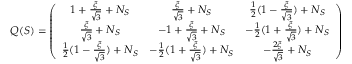
Q ( S ) = \left( \begin{array} { c c c } { { 1 + \frac { \xi } { \sqrt 3 } + N _ { S } } } & { { \frac { \xi } { \sqrt 3 } + N _ { S } } } & { { \frac { 1 } { 2 } ( 1 - \frac { \xi } { \sqrt 3 } ) + N _ { S } } } \\ { { \frac { \xi } { \sqrt 3 } + N _ { S } } } & { { - 1 + \frac { \xi } { \sqrt 3 } + N _ { S } } } & { { - \frac { 1 } { 2 } ( 1 + \frac { \xi } { \sqrt 3 } ) + N _ { S } } } \\ { { \frac { 1 } { 2 } ( 1 - \frac { \xi } { \sqrt 3 } ) + N _ { S } } } & { { - \frac { 1 } { 2 } ( 1 + \frac { \xi } { \sqrt 3 } ) + N _ { S } } } & { { - \frac { 2 \xi } { \sqrt 3 } + N _ { S } } } \end{array} \right)